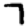
Digit: 7